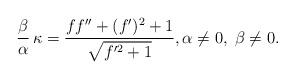
LaTeX: \begin{align*} \frac{\beta}{\alpha} \,\kappa = \frac{f f''+(f')^2 + 1}{\sqrt{f'^2+1}}, \alpha \neq 0, \; \beta \neq 0.\end{align*}